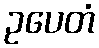
ဥပေတံ